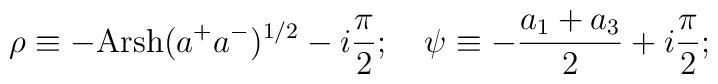
\rho \equiv -\mbox{Ar}\mbox{sh}(a^+a^-)^{1/2}-i\frac{\pi}{2}; \quad\psi\equiv -\frac{a_1+a_3}{2}+i\frac{\pi}{2};